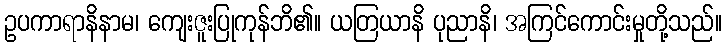
ဥပကာရာနိနာမ၊ ကျေးဇူးပြုကုန်ဘိ၏။ ယတြယာနိ ပုညာနိ၊ အကြင်ကောင်းမှုတို့သည်။